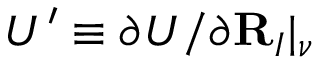
{ \cal U } ^ { \prime } \equiv \partial { \cal U } / \partial { \bf R } _ { I } \vert _ { \nu }